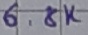
Text: 6.8K